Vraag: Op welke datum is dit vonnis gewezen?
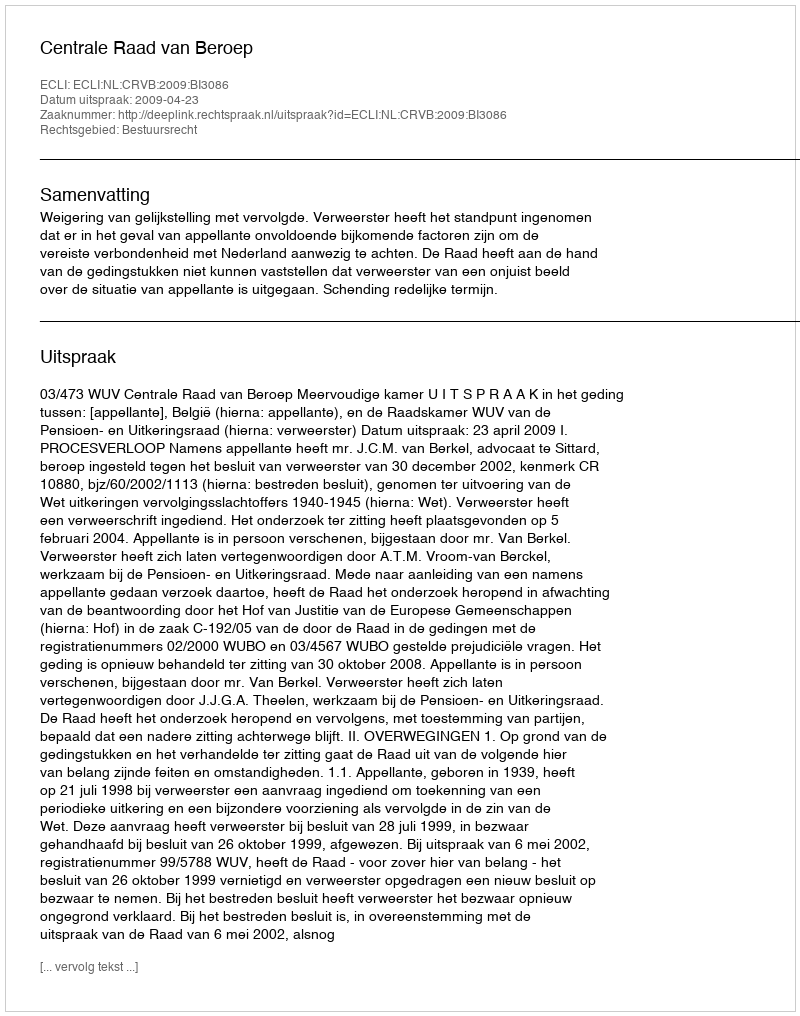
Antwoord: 2009-04-23